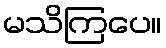
မသိကြပေ။